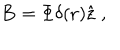
{ \bf B } = \Phi \delta ( { \bf r } ) { \hat { { \bf z } } \; , }